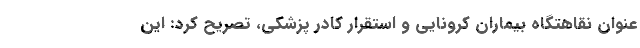
‌عنوان نقاهتگاه بیماران کرونایی و استقرار کادر پزشکی، تصریح کرد: این